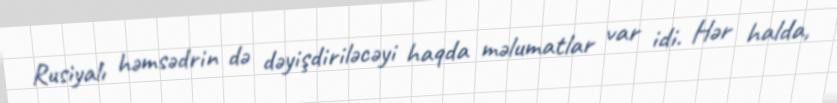
Rusiyalı həmsədrin də dəyişdiriləcəyi haqda məlumatlar var idi. Hər halda,